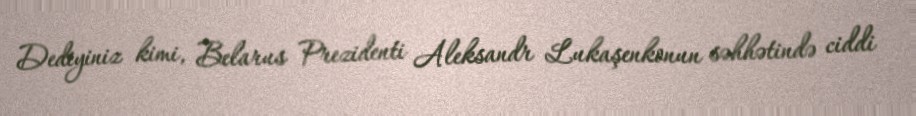
Dediyiniz kimi, Belarus Prezidenti Aleksandr Lukaşenkonun səhhətində ciddi